Document type: Sale
Year: 1439
Scribe: Arnau d'Illes
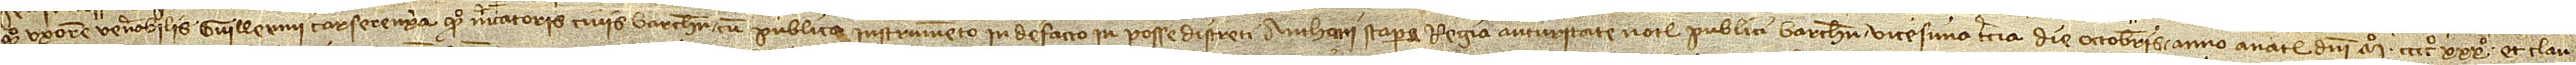
quondam, uxorem venerabilis Guillermi Carserenya, quondam, mercatoris, civis Barchinone, cum publico instrumento inde facto in posse discreti Anthonii Stapera, regia auctoritate notarii publici Barchinone, vicesima tercia die octobris, anno a Nativitate Domini Mº CCCCº XXXº, et clau-